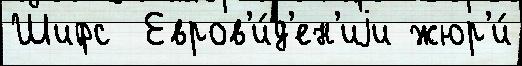
Шифс  Евров'и́д'ен'иjи жюр'и́